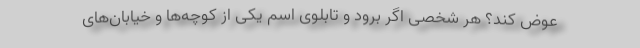
عوض کند؟ هر شخصی اگر برود و تابلوی اسم یکی از کوچه‌ها و خیابان‌های